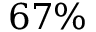
6 7 \%